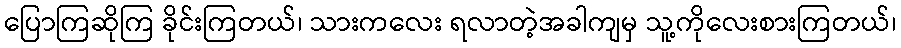
ပြောကြဆိုကြ ခိုင်းကြတယ်၊ သားကလေး ရလာတဲ့အခါကျမှ သူ့ကိုလေးစားကြတယ်၊